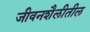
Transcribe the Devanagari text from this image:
जीवनशैलीतील